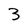
Character: 3